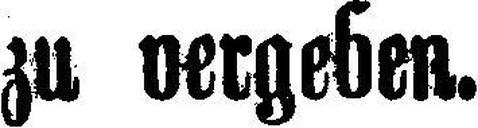
zu vergeben.